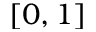
[ 0 , 1 ]